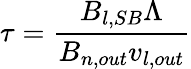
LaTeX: \tau=\frac{B_{l,SB}\Lambda}{B_{n,out}v_{l,out}}